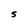
Character: S